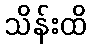
သိန်းထိ